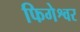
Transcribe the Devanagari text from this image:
फिगेश्वर